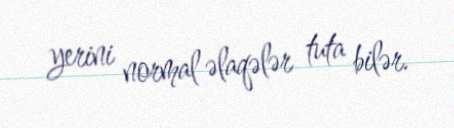
yerini normal əlaqələr tuta bilər.